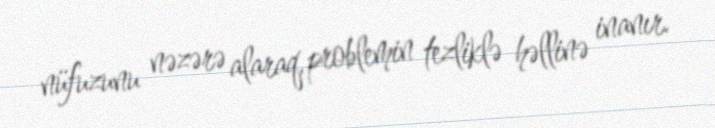
nüfuzunu nəzərə alaraq, problemin tezliklə həllinə inanır.